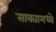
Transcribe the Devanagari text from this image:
साक्यामध्ये